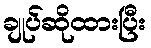
ချုပ်ဆိုထားပြီး